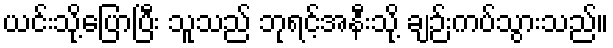
ယင်းသို့ပြောပြီး သူသည် ဘုရင့်အနီးသို့ ချဉ်းကပ်သွားသည်။